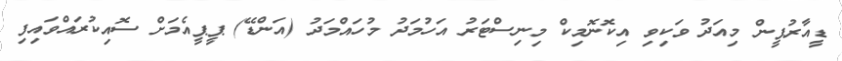
ޑީއާރުޕީން މިއަދު ވަކިވި އިކޮނޮމިކް މިނިސްޓަރު އަހުމަދު މުހައްމަދު (އަންޑޭ) ޕީޕީއެމަށް ސޮއިކުރައްވައިފި